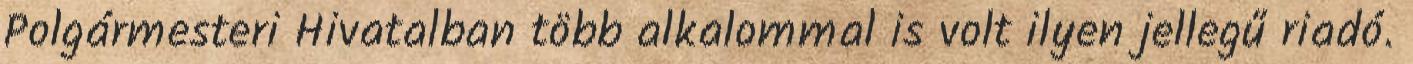
Polgármesteri Hivatalban több alkalommal is volt ilyen jellegű riadó.